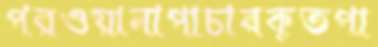
পরওয়ানাপাচারকৃতপা